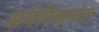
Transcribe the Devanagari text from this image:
अमेरिकनांत